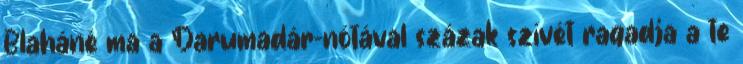
Blaháné ma a Darumadár-nótával százak szívét ragadja a te